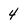
Character: 4